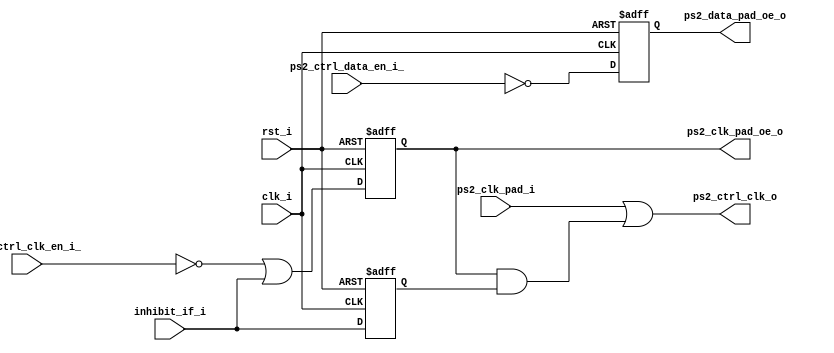
module ps2_io_ctrl
(
    clk_i,
    rst_i,
    ps2_ctrl_clk_en_i_,
    ps2_ctrl_data_en_i_,
    ps2_clk_pad_i,
    ps2_clk_pad_oe_o,
    ps2_data_pad_oe_o,
    inhibit_if_i,
    ps2_ctrl_clk_o
);

input clk_i,
      rst_i,
      ps2_ctrl_clk_en_i_,
      ps2_ctrl_data_en_i_,
      ps2_clk_pad_i,
      inhibit_if_i ;

output ps2_clk_pad_oe_o,
       ps2_data_pad_oe_o,
       ps2_ctrl_clk_o ;

reg    ps2_clk_pad_oe_o,
       ps2_data_pad_oe_o ;

always@(posedge clk_i or posedge rst_i)
begin
    if ( rst_i )
    begin
        ps2_clk_pad_oe_o  <= #1 1'b0 ;
        ps2_data_pad_oe_o <= #1 1'b0 ;
    end
    else
    begin
        ps2_clk_pad_oe_o  <= #1 !ps2_ctrl_clk_en_i_ || inhibit_if_i ;
        ps2_data_pad_oe_o <= #1 !ps2_ctrl_data_en_i_ ;
    end
end

reg inhibit_if_previous ;
always@(posedge clk_i or posedge rst_i)
begin
    if ( rst_i )
        inhibit_if_previous <= #1 1'b1 ;
    else
        inhibit_if_previous <= #1 inhibit_if_i ;
end

assign ps2_ctrl_clk_o = ps2_clk_pad_i || ps2_clk_pad_oe_o && inhibit_if_previous ;
endmodule